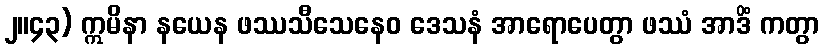
၂။၄၃) ဣမိနာ နယေန ဖဿသီသေနေဝ ဒေသနံ အာရောပေတွာ ဖဿံ အာဒိံ ကတွာ